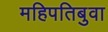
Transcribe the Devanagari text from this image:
महिपतिबुवा